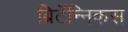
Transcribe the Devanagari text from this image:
ब्रिटॅन्निकस